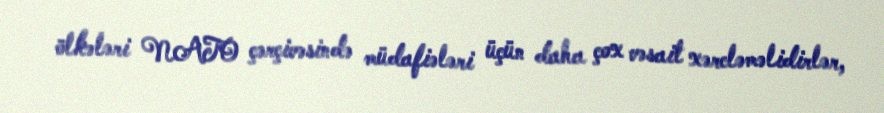
ölkələri NATO çərçivəsində müdafiələri üçün daha çox vəsait xərcləməlidirlər,